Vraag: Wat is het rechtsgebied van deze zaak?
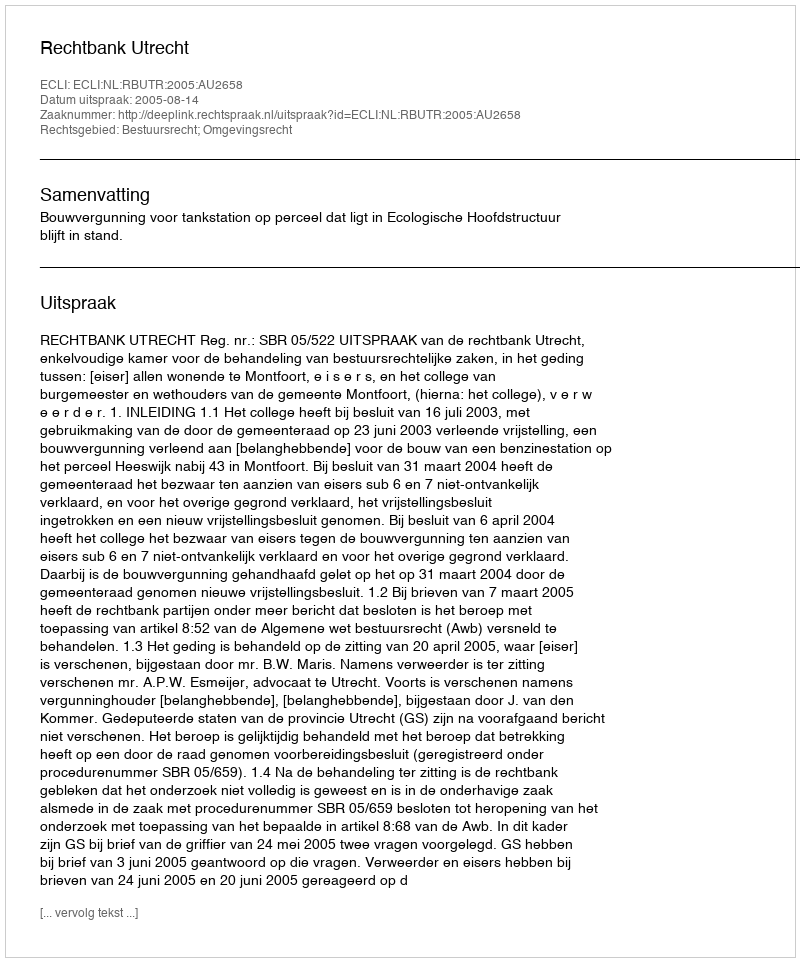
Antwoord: Bestuursrecht; Omgevingsrecht